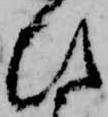
ひ